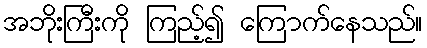
အဘိုးကြီးကို ကြည့်၍ ကြောက်နေသည်။